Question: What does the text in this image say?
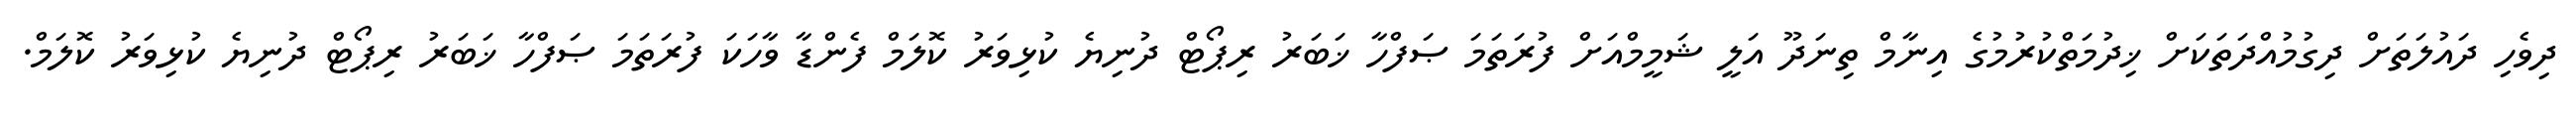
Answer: ދިވެހި ދައުލަތަށް ދިގުމުއްދަތަކަށް ޚިދުމަތްކުރުމުގެ އިނާމް ތިނަދޫ އަލީ ޝަމީމްއަށް ފުރަތަމަ ޞަފްހާ ޚަބަރު ރިޕޯޓް ދުނިޔެ ކުޅިވަރު ކޮލަމް ފެންޑާ ވާހަކަ ފުރަތަމަ ޞަފްހާ ޚަބަރު ރިޕޯޓް ދުނިޔެ ކުޅިވަރު ކޮލަމް.